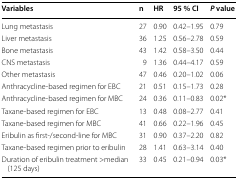
| Variables | n | HR | 95 % CI | P value |
 | --- | --- | --- | --- | --- |
 | Lung metastasis | 27 | 0.90 | 0.42–1.95 | 0.79 |
 | Liver metastasis | 36 | 1.25 | 0.56–2.78 | 0.59 |
 | Bone metastasis | 43 | 1.42 | 0.58–3.50 | 0.44 |
 | CNS metastasis | 9 | 1.36 | 0.44–4.17 | 0.59 |
 | Other metastasis | 47 | 0.46 | 0.20–1.02 | 0.06 |
 | Anthracycline-based regimen for EBC | 21 | 0.51 | 0.15–1.73 | 0.28 |
 | Anthracycline-based regimen for MBC | 24 | 0.36 | 0.11–0.83 | 0.02* |
 | Taxane-based regimen for EBC | 13 | 0.48 | 0.08–2.77 | 0.41 |
 | Taxane-based regimen for MBC | 41 | 0.66 | 0.22–1.96 | 0.45 |
 | Eribulin as first-/second-line for MBC | 31 | 0.90 | 0.37–2.20 | 0.82 |
 | Taxane-based regimen prior to eribulin | 28 | 1.41 | 0.63–3.14 | 0.40 |
 | Duration of eribulin treatment >median (125 days) | 33 | 0.45 | 0.21–0.94 | 0.03* |